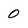
Character: 0